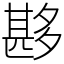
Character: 夦